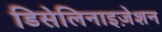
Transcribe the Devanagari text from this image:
डिसेलिनाइज़ेशन